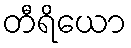
တီရိယော